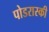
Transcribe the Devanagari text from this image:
पोडरास्की